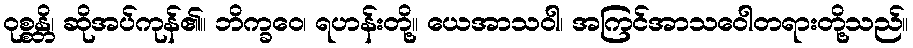
ဝုစ္စန္တိ၊ ဆိုအပ်ကုန်၏။ ဘိက္ခဝေ၊ ရဟန်းတို့။ ယေအာသဝါ၊ အကြင်အာသဝေါတရားတို့သည်။